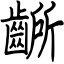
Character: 齭